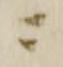
ニ